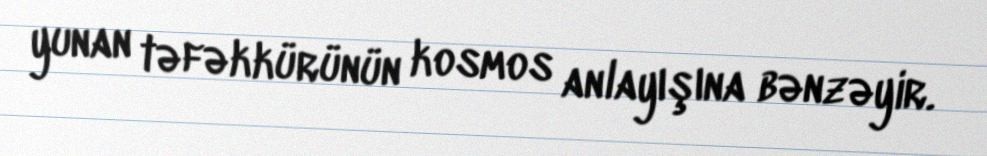
yunan təfəkkürünün kosmos anlayışına bənzəyir.